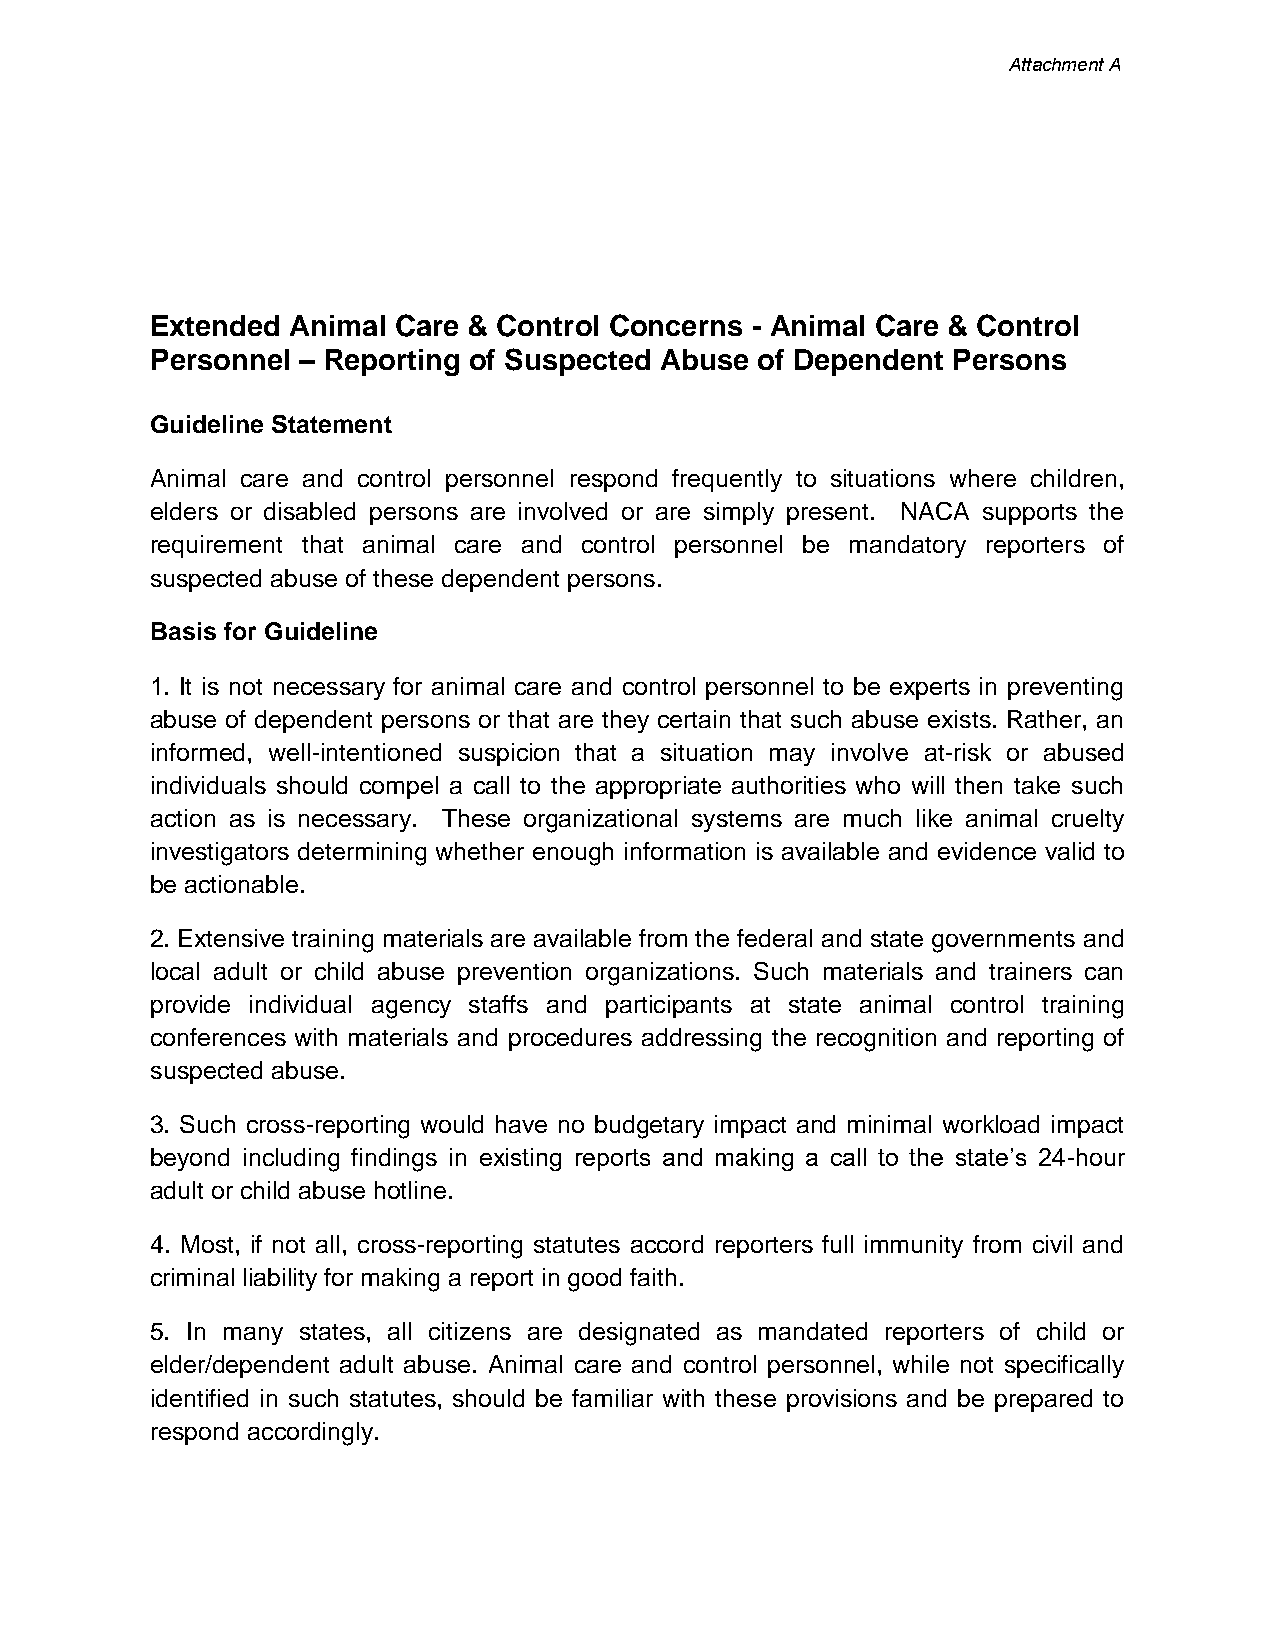
Attachment A
 Extended Animal Care & Control Concerns - Animal Care & Control
 Personnel – Reporting of Suspected Abuse of Dependent Persons
 Guideline Statement
 Animal care and control personnel respond frequently to situations where children,
 elders or disabled persons are involved or are simply present. NACA supports the
 requirement that animal care and control personnel be mandatory reporters of
 suspected abuse of these dependent persons.
 Basis for Guideline
 1. It is not necessary for animal care and control personnel to be experts in preventing
 abuse of dependent persons or that are they certain that such abuse exists. Rather, an
 informed, well-intentioned suspicion that a situation may involve at-risk or abused
 individuals should compel a call to the appropriate authorities who will then take such
 action as is necessary. These organizational systems are much like animal cruelty
 investigators determining whether enough information is available and evidence valid to
 be actionable.
 2. Extensive training materials are available from the federal and state governments and
 local adult or child abuse prevention organizations. Such materials and trainers can
 provide individual agency staffs and participants at state animal control training
 conferences with materials and procedures addressing the recognition and reporting of
 suspected abuse.
 3. Such cross-reporting would have no budgetary impact and minimal workload impact
 beyond including findings in existing reports and making a call to the state’s 24-hour
 adult or child abuse hotline.
 4. Most, if not all, cross-reporting statutes accord reporters full immunity from civil and
 criminal liability for making a report in good faith.
 5. In many states, all citizens are designated as mandated reporters of child or
 elder/dependent adult abuse. Animal care and control personnel, while not specifically
 identified in such statutes, should be familiar with these provisions and be prepared to
 respond accordingly.